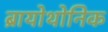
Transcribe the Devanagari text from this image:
ब्रायोथोनिक